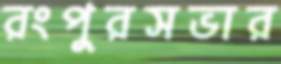
রংপুরসভার